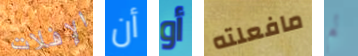
الإفلات أن أو مافعلته لم